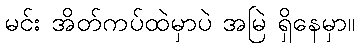
မင်း အိတ်ကပ်ထဲမှာပဲ အမြဲ ရှိနေမှာ။